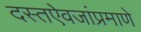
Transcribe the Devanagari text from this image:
दस्तऐवजांप्रमाणे